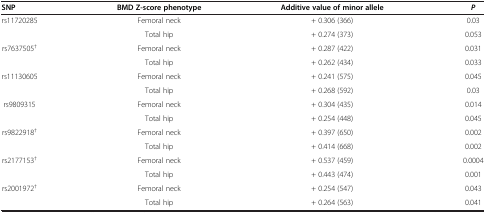
<table><thead><tr><td><b>SNP</b></td><td><b>BMD Z-score phenotype</b></td><td><b>Additive value of minor allele</b></td><td><b><i>P</i></b></td></tr></thead><tbody><tr><td>rs11720285</td><td>Femoral neck</td><td>+ 0.306 (366)</td><td>0.03</td></tr><tr><td> </td><td>Total hip</td><td>+ 0.274 (373)</td><td>0.053</td></tr><tr><td>rs7637505<sup>†</sup></td><td>Femoral neck</td><td>+ 0.287 (422)</td><td>0.031</td></tr><tr><td> </td><td>Total hip</td><td>+ 0.262 (434)</td><td>0.033</td></tr><tr><td>rs11130605</td><td>Femoral neck</td><td>+ 0.241 (575)</td><td>0.045</td></tr><tr><td> </td><td>Total hip</td><td>+ 0.268 (592)</td><td>0.03</td></tr><tr><td>rs9809315</td><td>Femoral neck</td><td>+ 0.304 (435)</td><td>0.014</td></tr><tr><td> </td><td>Total hip</td><td>+ 0.254 (448)</td><td>0.045</td></tr><tr><td>rs9822918<sup>†</sup></td><td>Femoral neck</td><td>+ 0.397 (650)</td><td>0.002</td></tr><tr><td> </td><td>Total hip</td><td>+ 0.414 (668)</td><td>0.002</td></tr><tr><td>rs2177153<sup>†</sup></td><td>Femoral neck</td><td>+ 0.537 (459)</td><td>0.0004</td></tr><tr><td> </td><td>Total hip</td><td>+ 0.443 (474)</td><td>0.001</td></tr><tr><td>rs2001972<sup>†</sup></td><td>Femoral neck</td><td>+ 0.254 (547)</td><td>0.043</td></tr><tr><td> </td><td>Total hip</td><td>+ 0.264 (563)</td><td>0.041</td></tr></tbody></table>